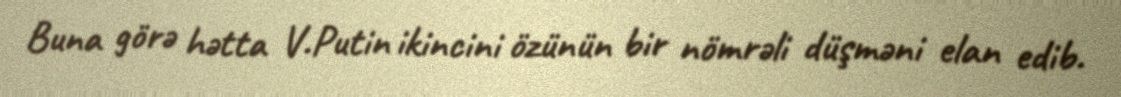
Buna görə hətta V.Putin ikincini özünün bir nömrəli düşməni elan edib.